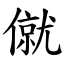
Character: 僦